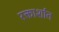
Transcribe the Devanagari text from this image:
रक्तार्शांत